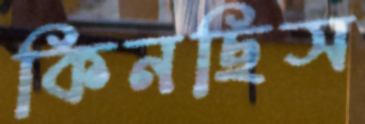
কিনছিস